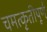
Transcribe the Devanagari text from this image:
चमत्कृतीपूर्ण